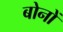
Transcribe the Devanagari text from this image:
बोनों